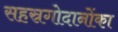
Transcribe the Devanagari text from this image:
सहस्रगोदानोंका